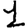
Digit: 1